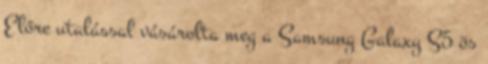
Előre utalással vásárolta meg a Samsung Galaxy S5 ös